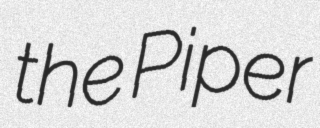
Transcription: the Piper